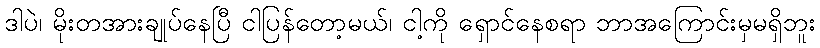
ဒါပဲ၊ မိုးတအားချုပ်နေပြီ ငါပြန်တော့မယ်၊ ငါ့ကို ရှောင်နေစရာ ဘာအကြောင်းမှမရှိဘူး